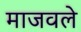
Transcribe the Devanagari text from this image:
माजवले